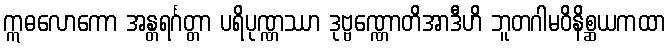
ဣဓလောကော အန္တရင်္ဂတ္တာ ပရိပုဏ္ဏဿာ ဒုဗ္ဗဏ္ဏောတိအာဒီဟိ ဘူတဂါမဝိနိစ္ဆယကထာ